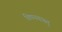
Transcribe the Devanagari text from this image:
विषयवास्तु